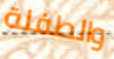
والطفلة